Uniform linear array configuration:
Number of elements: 48
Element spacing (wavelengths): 0.75
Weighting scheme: binomial
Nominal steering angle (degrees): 15
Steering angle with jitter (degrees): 16.98
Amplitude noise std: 0.05
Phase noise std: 0.05

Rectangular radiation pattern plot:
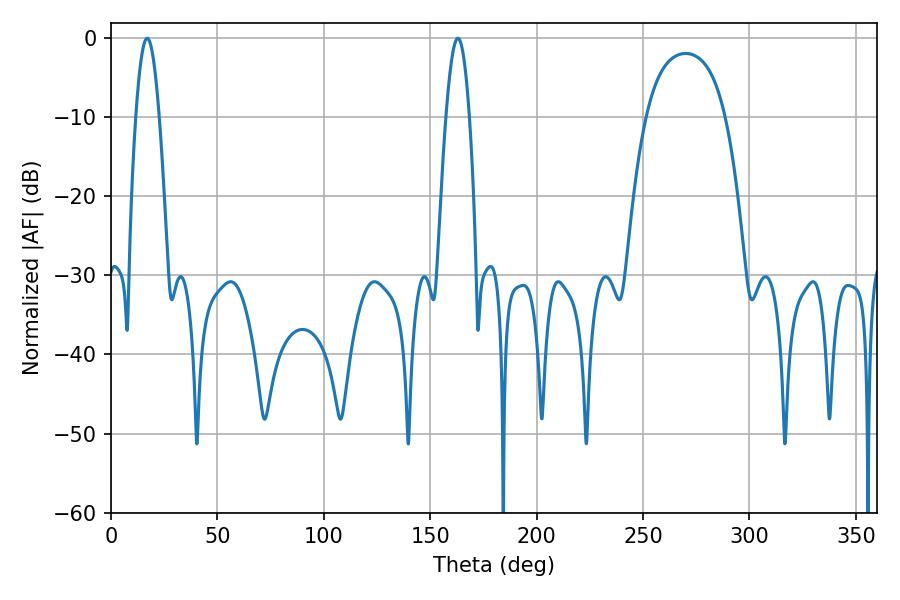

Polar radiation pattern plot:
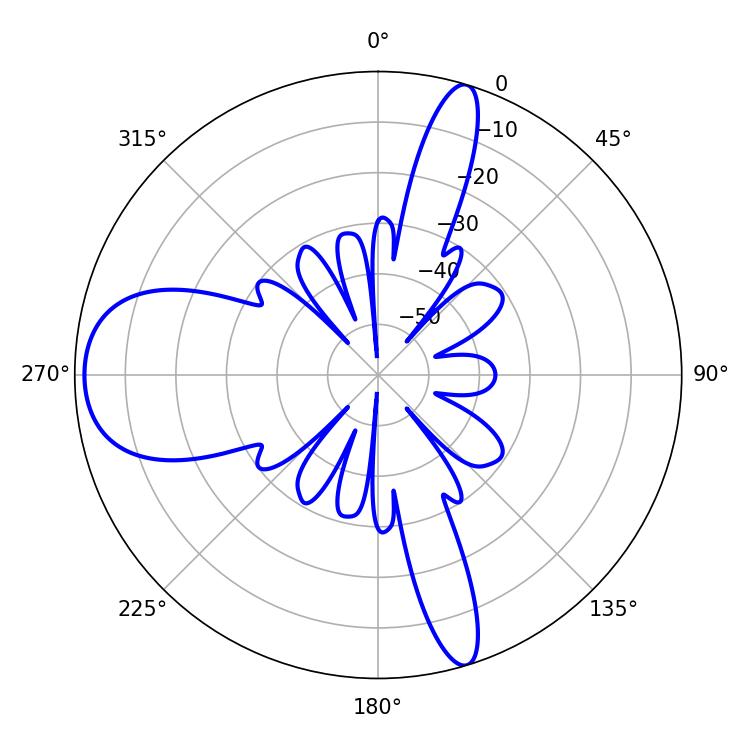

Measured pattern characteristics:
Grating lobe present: TRUE
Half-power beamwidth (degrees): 5.94
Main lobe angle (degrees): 16.92